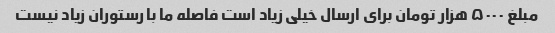
مبلغ ۵۰۰۰ هزار تومان برای ارسال خیلی زیاد است فاصله ما با رستوران زیاد نیست